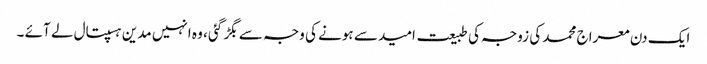
ایک دن معراج محمد کی زوجہ کی طبیعت امید سے ہونے کی وجہ سے بگڑ گئی ، وہ انہیں مدین ہسپتال لے آئے ۔